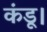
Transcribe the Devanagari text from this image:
कंडू।